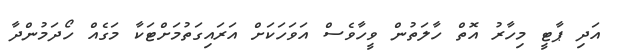
އަދި ޕާޓީ މިހާރު އޮތް ހާލަތުން ވީހާވެސް އަވަހަކަށް އަރައިގަތުމަށްޓަކާ މަގެއް ހޯދަމުންދާ